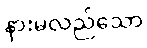
နားမလည်သော